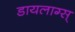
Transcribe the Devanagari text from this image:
डायलाग्स्